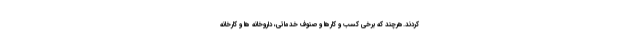
کردند.هرچند که برخی کسب و کارها و صنوف خدماتی، داروخانه ها و کارخانه